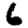
Digit: 6